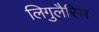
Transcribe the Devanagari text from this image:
लिगुलैरिस